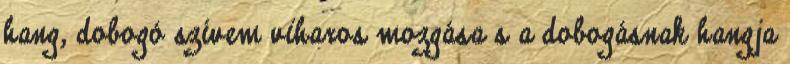
hang, dobogó szívem viharos mozgása s a dobogásnak hangja